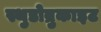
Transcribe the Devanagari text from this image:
स्थुडोब्रुकाइट